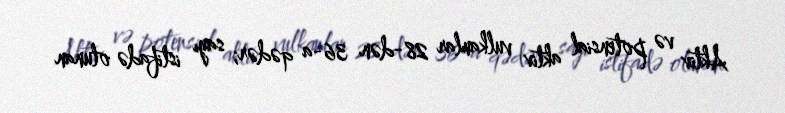
Aktiv və potensial aktiv vulkanlar 28-dən 36-a qədər; sayı istifadə olunan